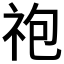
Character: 𫀆